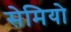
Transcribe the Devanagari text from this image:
सेमियो